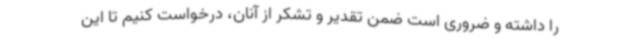
را داشته و ضروری است ضمن تقدیر و تشکر از آنان، درخواست کنیم تا این